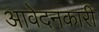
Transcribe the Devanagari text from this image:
आवेदनकारी